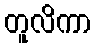
တူလိကာ